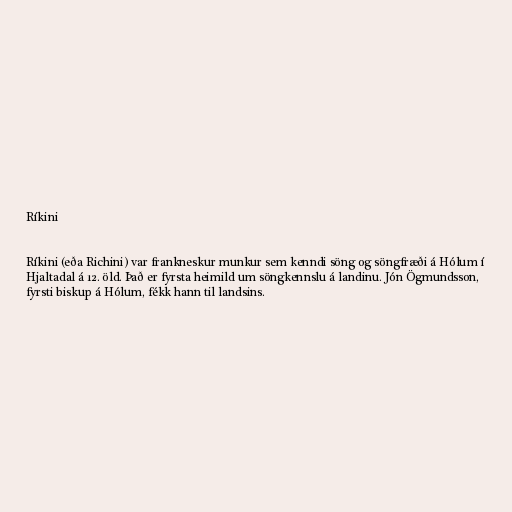
Ríkini

Ríkini (eða Richini) var frankneskur munkur sem kenndi söng og söngfræði á Hólum í
Hjaltadal á 12. öld. Það er fyrsta heimild um söngkennslu á landinu. Jón Ögmundsson,
fyrsti biskup á Hólum, fékk hann til landsins.